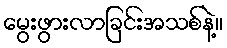
မွေးဖွားလာခြင်းအသစ်နဲ့။